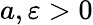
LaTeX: a,\varepsilon>0